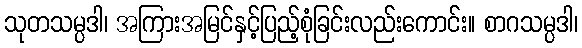
သုတသမ္ပဒါ၊ အကြားအမြင်နှင့်ပြည့်စုံခြင်းလည်းကောင်း။ စာဂသမ္ပဒါ၊